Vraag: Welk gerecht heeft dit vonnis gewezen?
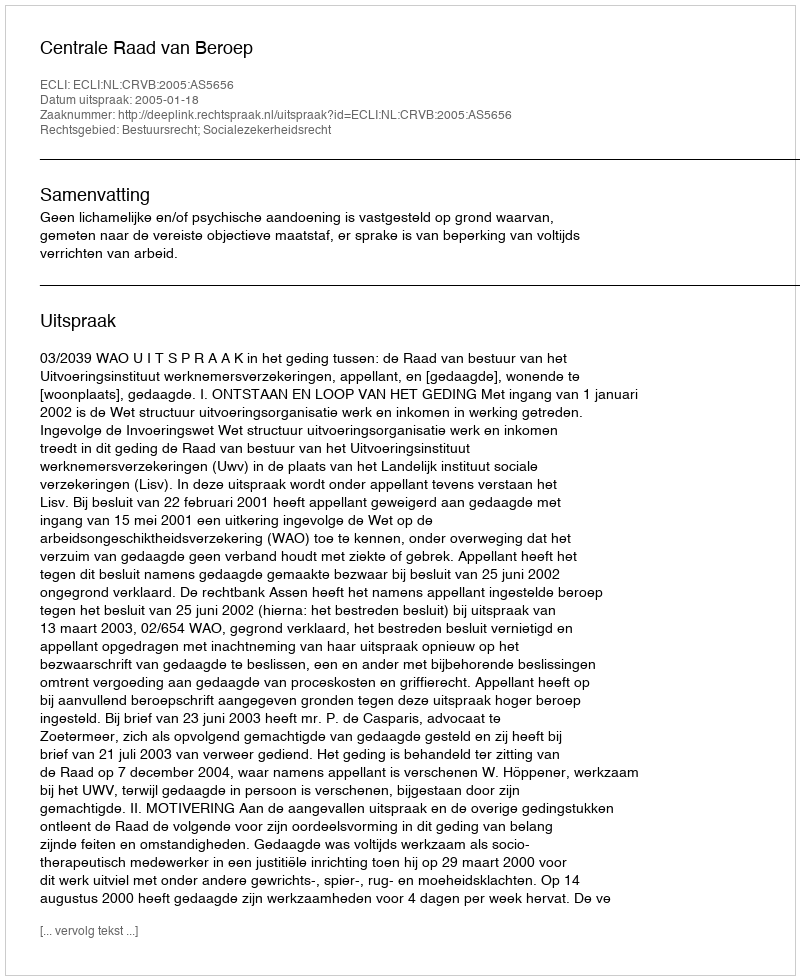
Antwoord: Centrale Raad van Beroep